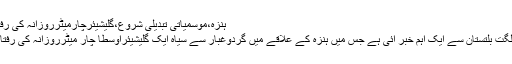
ہنزہ،موسمیاتی تبدیلی شروع،گلیشیئرچارمیٹرروزانہ کی رفتار سے آگے بڑھنے لگا
ہنزہ(مانیٹرنگ ڈیسک) گلگت بلتستان سے ایک اہم خبر آئی ہے جس میں ہنزہ کے علاقے میں گردوغبار سے سیاہ ایک گلیشیئراوسطاً چار میٹرروزانہ کی رفتار سے آگے بڑھ رہا ہے۔